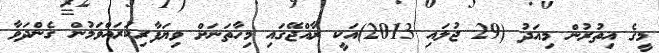
މީގެ އިތުރުން މިއަދު (29 ޖުލައި 2013)އަކީ ރާއްޖޭގައި މިހާތަނަށް ވިޔަފާރިކުރައްވަމުން ގެންދަވާ